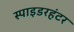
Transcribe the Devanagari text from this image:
स्पाइडरहंटर